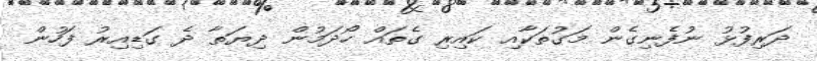
ދަރިފުޅު ނުފެނިގެން މަގުތަކާއި ކައިރި ގެތައް ހޯދަމުން ދިޔަތާ ދެ ގަޑިއިރު ފަހުން